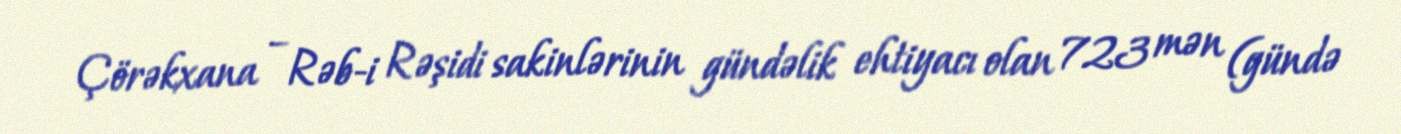
Çörəkxana – Rəb-i Rəşidi sakinlərinin gündəlik ehtiyacı olan 723 mən (gündə